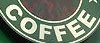
COFFEE